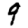
Digit: 9